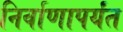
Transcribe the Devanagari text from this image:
निर्वाणापर्यंत